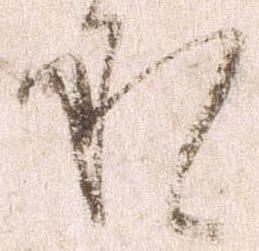
承